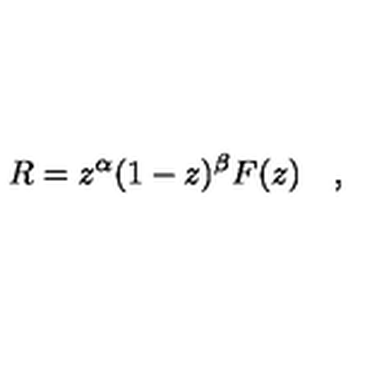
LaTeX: R = z ^ { \alpha } ( 1 - z ) ^ { \beta } F ( z ) \quad ,